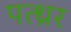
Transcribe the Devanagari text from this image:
पत्थ्रर